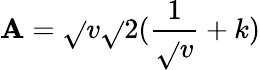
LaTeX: \mathbf{A}=\sqrt{}{{v}}\sqrt{}{{2(\frac{{1}}{{\sqrt{}{{v}}}}+k)}}